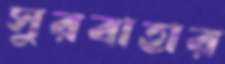
সুরবাহার